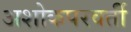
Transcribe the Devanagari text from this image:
अशोकपरवर्ती